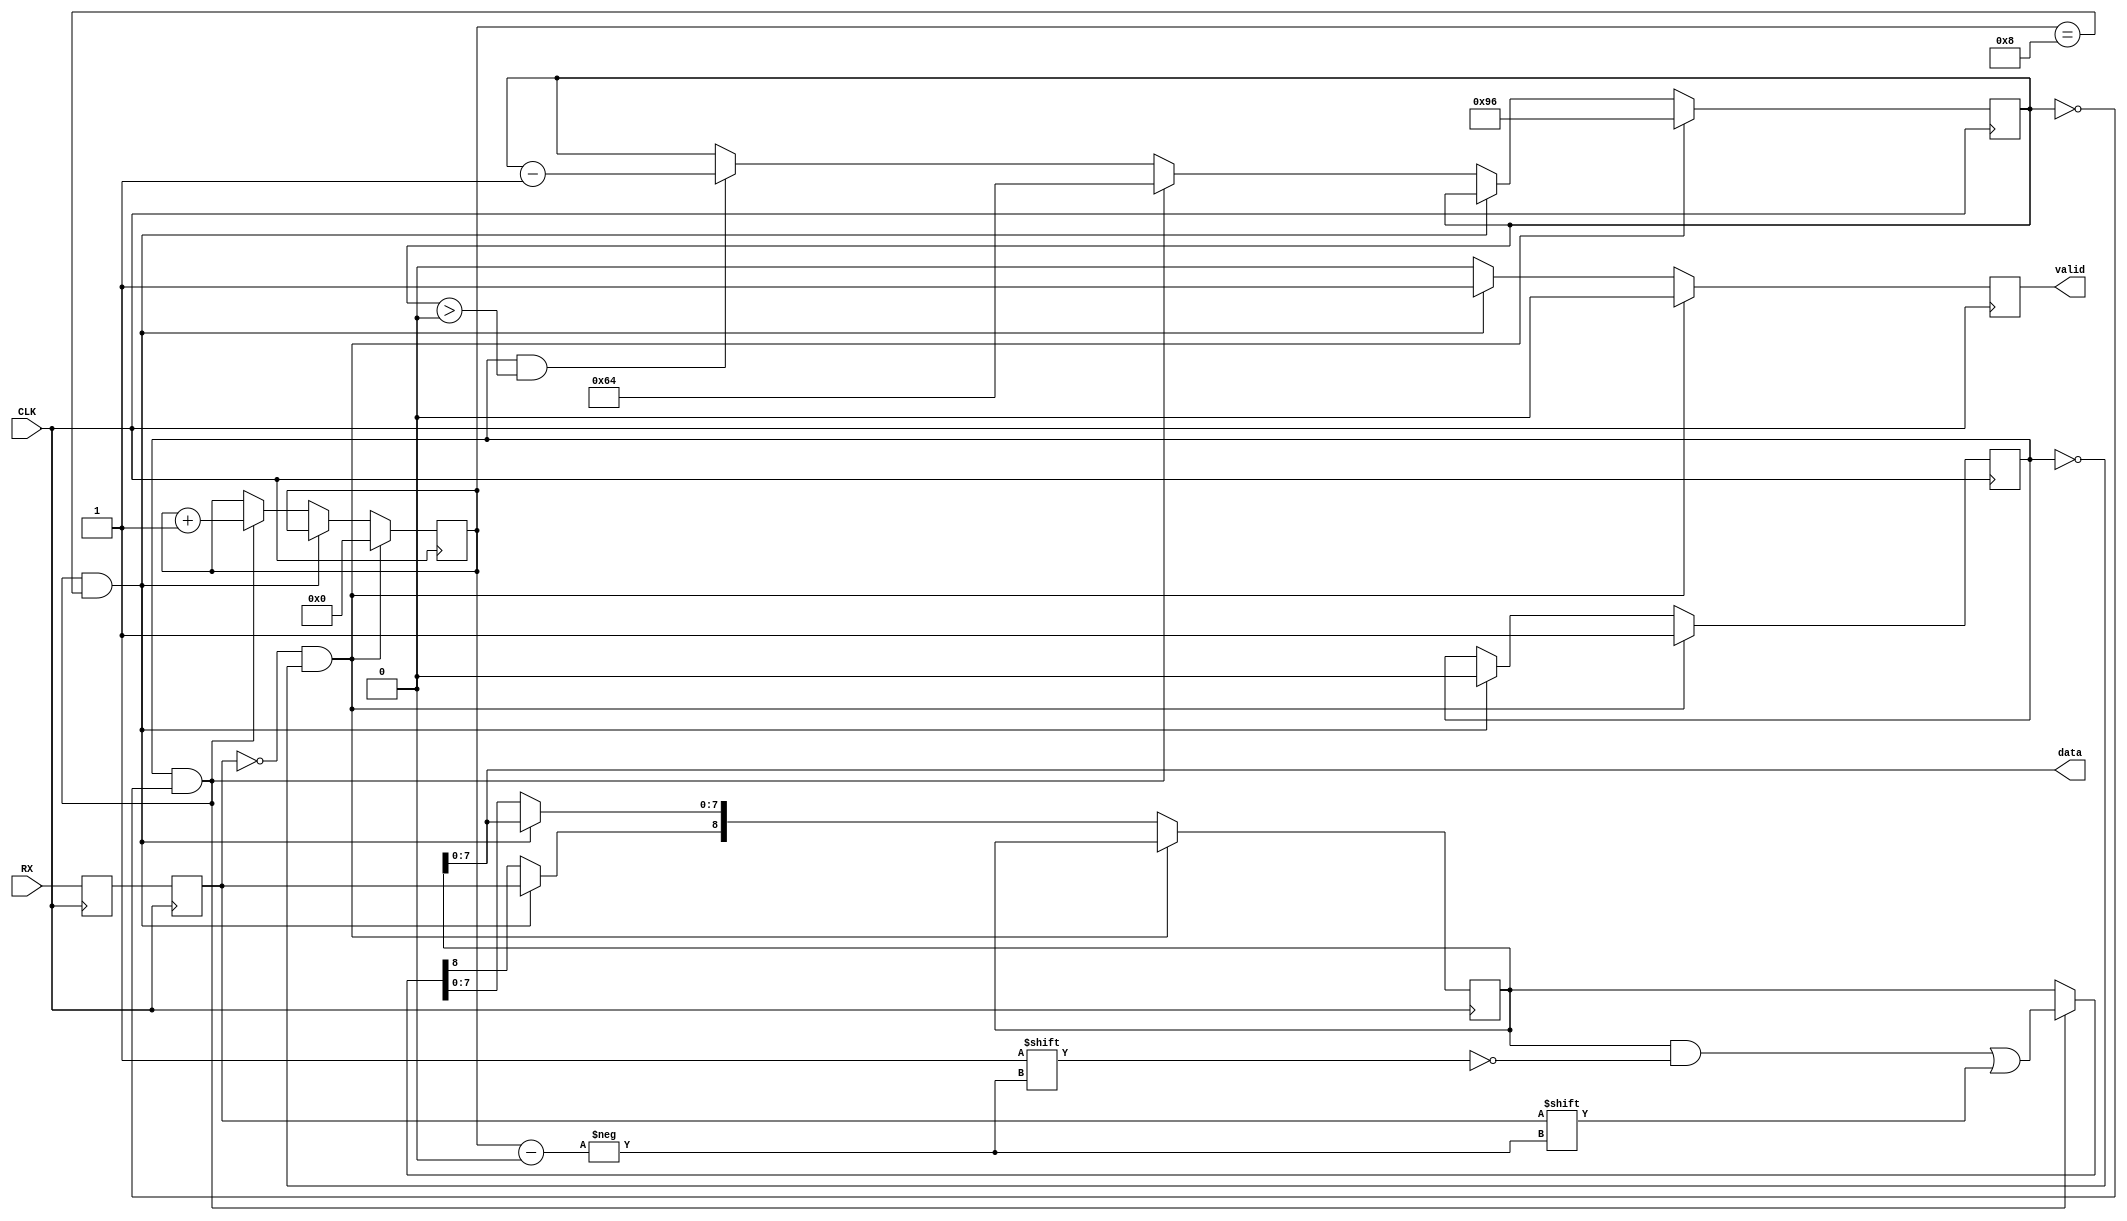
module RXMOD(
  input RX, 
  input CLK,
  output [7:0] data,
  output valid);

reg RX_1;
reg RX_2;
always @(posedge CLK) begin
  RX_1 <= RX;
  RX_2 <= RX_1;
end

wire RXi;
assign RXi = RX_2;

reg [8:0] dataReg;
reg validReg = 0;
assign data = dataReg[7:0];
assign valid = validReg;

reg [12:0] readClock = 0; // which subclock?
reg [3:0] readBit = 0; // which bit? (0-8)
reg reading = 0;


always @ (posedge CLK)
begin
  if(RXi==0 && reading==0) begin
    reading <= 1;
    readClock <= 150; // sample to middle of second byte
    readBit <= 0;
    validReg <= 0;
  end else if(reading==1 && readClock==0 && readBit==8) begin
    // we're done
    reading <= 0;
    dataReg[8] <= RXi;
    validReg <= 1;
  end else if(reading==1 && readClock==0) begin
    // read a byte
    dataReg[readBit] <= RXi;
    readClock <= 100;
    readBit <= readBit + 1;
    validReg <= 0;
  end else if(reading==1 && readClock>0) begin
    readClock <= readClock - 1;
    validReg <= 0;
  end else begin
    validReg <= 0;
  end
end
endmodule